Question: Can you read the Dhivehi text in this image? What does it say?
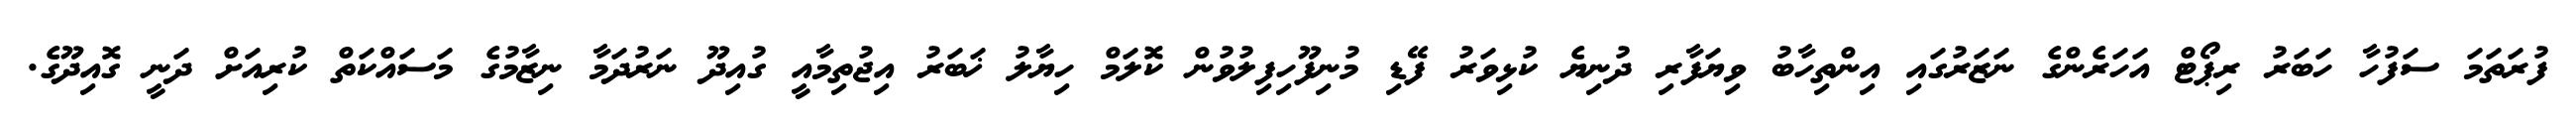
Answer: ފުރަތަމަ ސަފުހާ ހަބަރު ރިޕޯޓް އަހަރެންގެ ނަޒަރުގައި އިންތިހާބު ވިޔަފާރި ދުނިޔެ ކުޅިވަރު ފޭޑި މުނިފޫހިފިލުވުން ކޮލަމް ހިޔާލު ޚަބަރު އިޖުތިމާއީ ގުއިދޫ ނަރުދަމާ ނިޒާމުގެ މަސައްކަތް ކުރިއަށް ދަނީ ގޮއިދޫގެ.